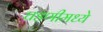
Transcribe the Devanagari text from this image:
घडणीमध्ये